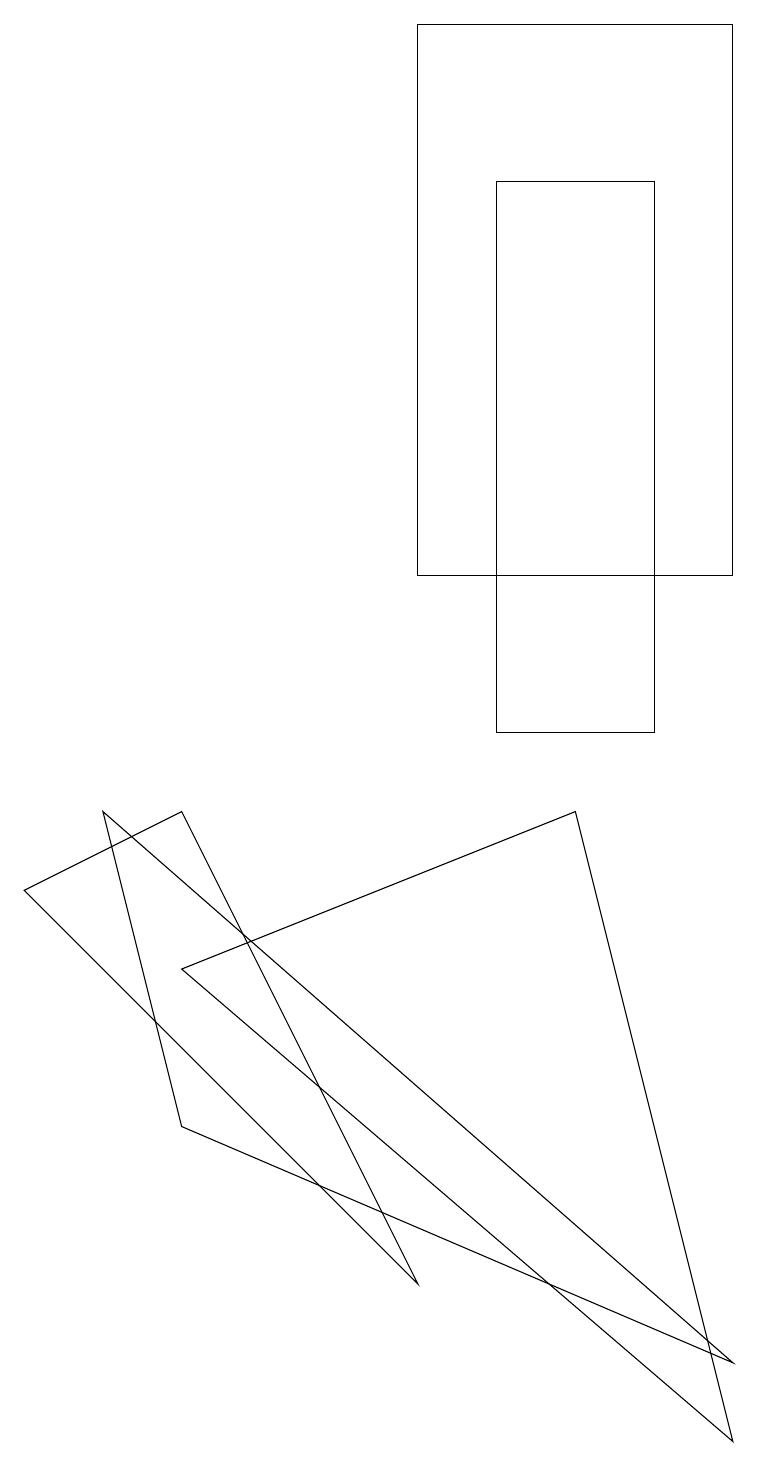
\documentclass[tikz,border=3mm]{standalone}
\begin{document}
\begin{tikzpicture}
\draw (5,19) rectangle (9,12);
\draw (8,10) rectangle (6,17);
\draw (9,1) -- (7,9) -- (2,7) -- cycle;
\draw (1,9) -- (2,5) -- (9,2) -- cycle;
\draw (0,8) -- (5,3) -- (2,9) -- cycle;
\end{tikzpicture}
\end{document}